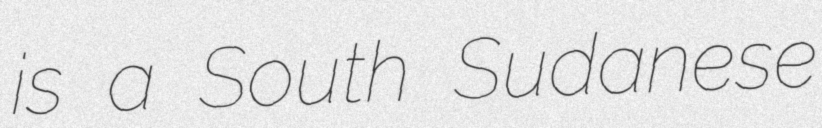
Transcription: is a South Sudanese